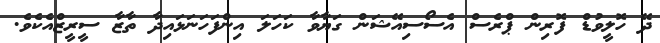
ދޭ ހޮލީވުޑް ފޮރިން ޕްރެސް އެސޯސިއޭޝަން ގަޔާވާ ކަހަލަ އިންފަހަނަޅައިދާ ތާޒާ ސީރީޒްއެކެވެ.